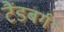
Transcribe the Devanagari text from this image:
टैंडबर्ग